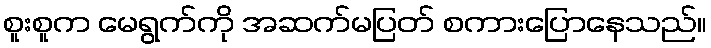
စူးစူက မေရွက်ကို အဆက်မပြတ် စကားပြောနေသည်။